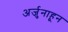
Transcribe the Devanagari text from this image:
अर्जुनाहून